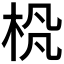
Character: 𪲊